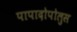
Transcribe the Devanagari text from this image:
पापादोपोलुस